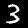
Label: 3